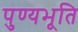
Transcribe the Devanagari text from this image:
पुण्यभूति